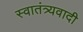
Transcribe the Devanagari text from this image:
स्वातंत्र्यवादी